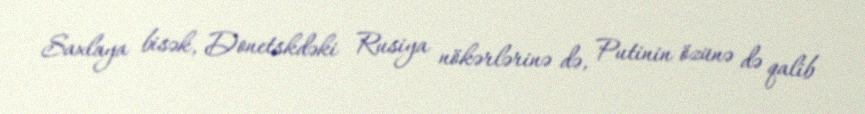
Saxlaya bisək, Donetskdəki Rusiya nökərlərinə də, Putinin özünə də qalib